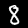
Digit: 8